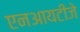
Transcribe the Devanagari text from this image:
एनआयटीजे